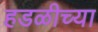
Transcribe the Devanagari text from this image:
हडळीच्या